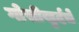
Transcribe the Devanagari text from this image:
गोसीखुर्दचे